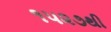
૧૫૨૭થી